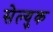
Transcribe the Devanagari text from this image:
सेल्युक